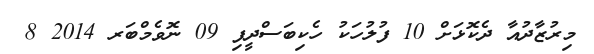
މިރުޒާދުއާ ދެކޮޅަށް 10 ފުލުހަކު ހެކިބަސްދީފި 09 ނޮވެމްބަރ 2014 8